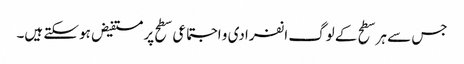
جس سے ہر سطح کے لوگ انفرادی و اجتماعی سطح پر مستفیض ہو سکتے ہیں۔